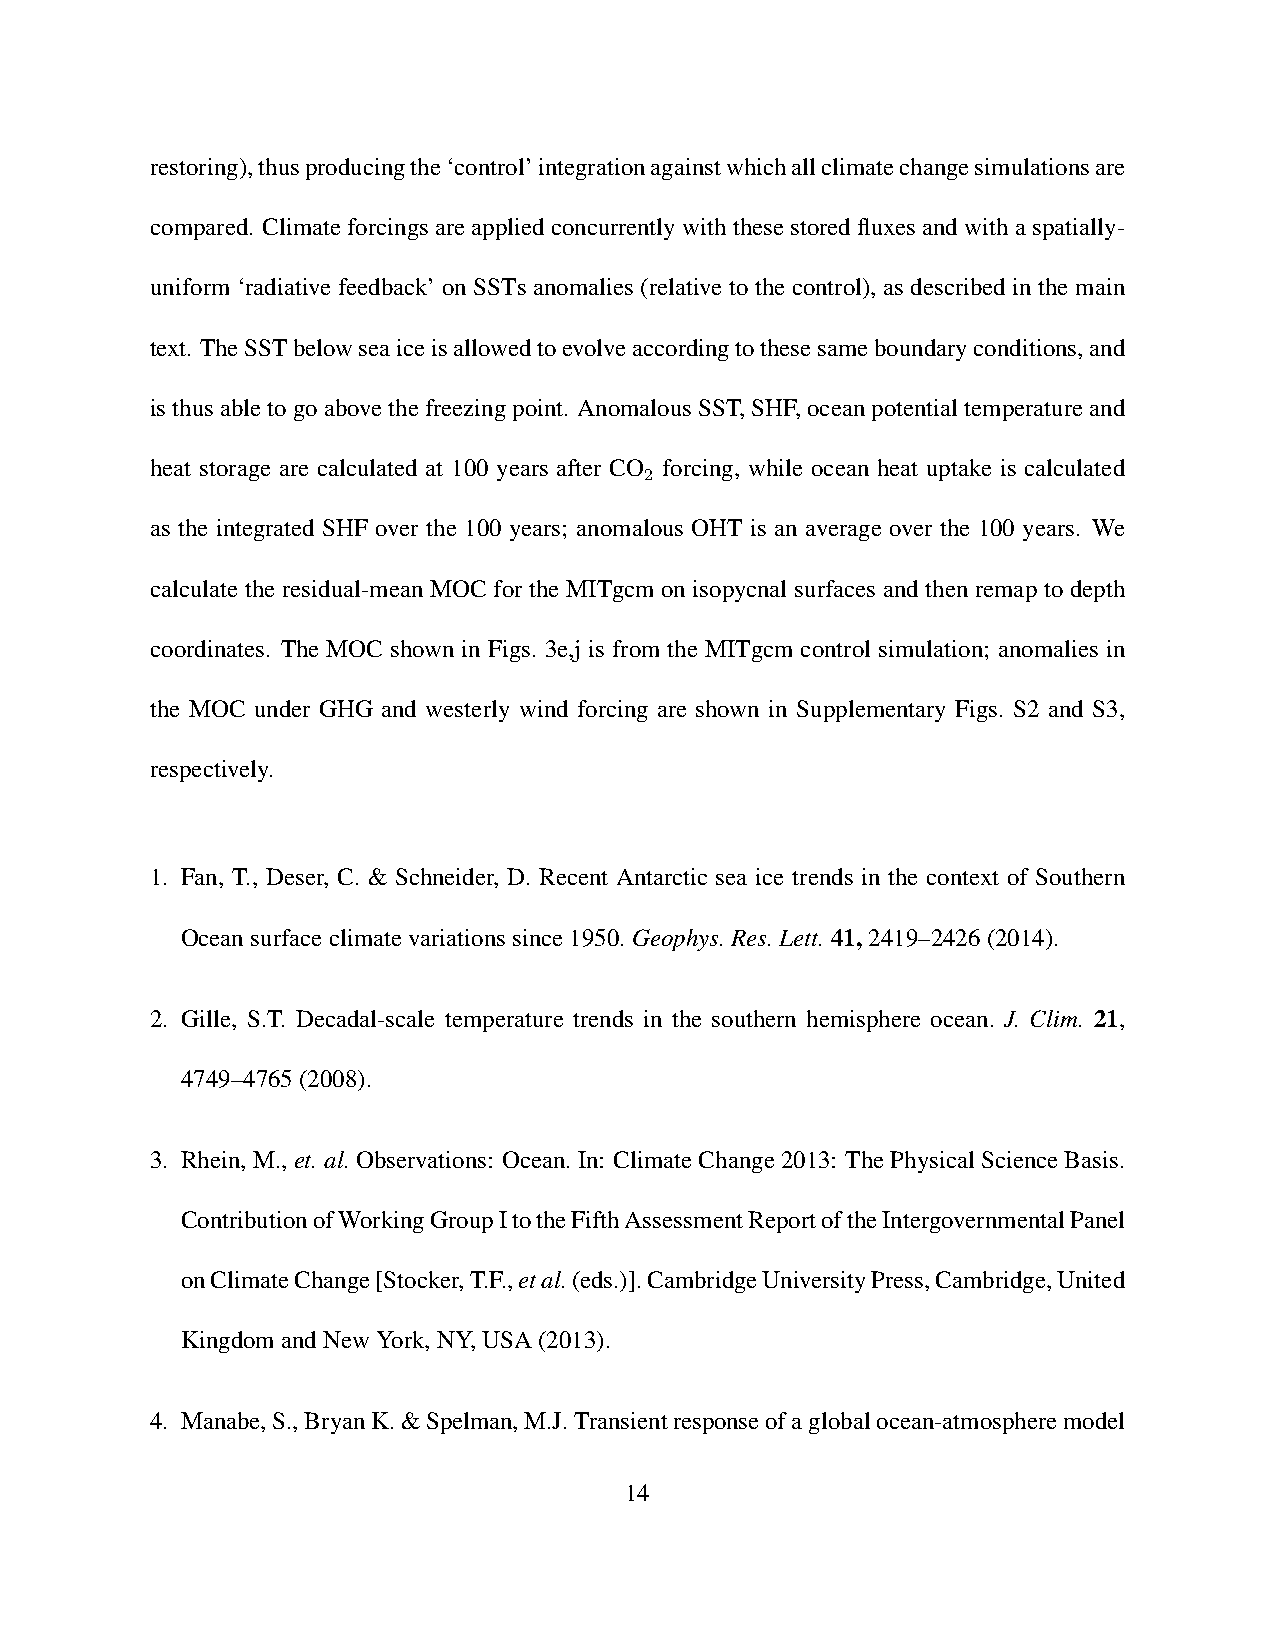
restoring),thusproducingthe‘control’integrationagainstwhichallclimatechangesimulationsare
 compared. Climateforcingsareappliedconcurrentlywiththesestoredfluxesandwithaspatially-
 uniform ‘radiative feedback’ on SSTs anomalies (relative to the control), as described in the main
 text. TheSSTbelowseaiceisallowedtoevolveaccordingtothesesameboundaryconditions,and
 isthusabletogoabovethefreezingpoint. AnomalousSST,SHF,oceanpotentialtemperatureand
 heat storage are calculated at 100 years after CO forcing, while ocean heat uptake is calculated
 2
 as the integrated SHF over the 100 years; anomalous OHT is an average over the 100 years. We
 calculate the residual-mean MOC for the MITgcm on isopycnal surfaces and then remap to depth
 coordinates. The MOC shown in Figs. 3e,j is from the MITgcm control simulation; anomalies in
 the MOC under GHG and westerly wind forcing are shown in Supplementary Figs. S2 and S3,
 respectively.
 1. Fan, T., Deser, C. & Schneider, D. Recent Antarctic sea ice trends in the context of Southern
 Oceansurfaceclimatevariationssince1950.Geophys.Res.Lett.41,2419–2426(2014).
 2. Gille, S.T. Decadal-scale temperature trends in the southern hemisphere ocean. J. Clim. 21,
 4749–4765(2008).
 3. Rhein, M., et. al. Observations: Ocean. In: Climate Change 2013: The Physical Science Basis.
 ContributionofWorkingGroupItotheFifthAssessmentReportoftheIntergovernmentalPanel
 onClimateChange[Stocker,T.F.,etal.(eds.)].CambridgeUniversityPress,Cambridge,United
 KingdomandNewYork,NY,USA(2013).
 4. Manabe,S.,BryanK.&Spelman,M.J.Transientresponseofaglobalocean-atmospheremodel
 14